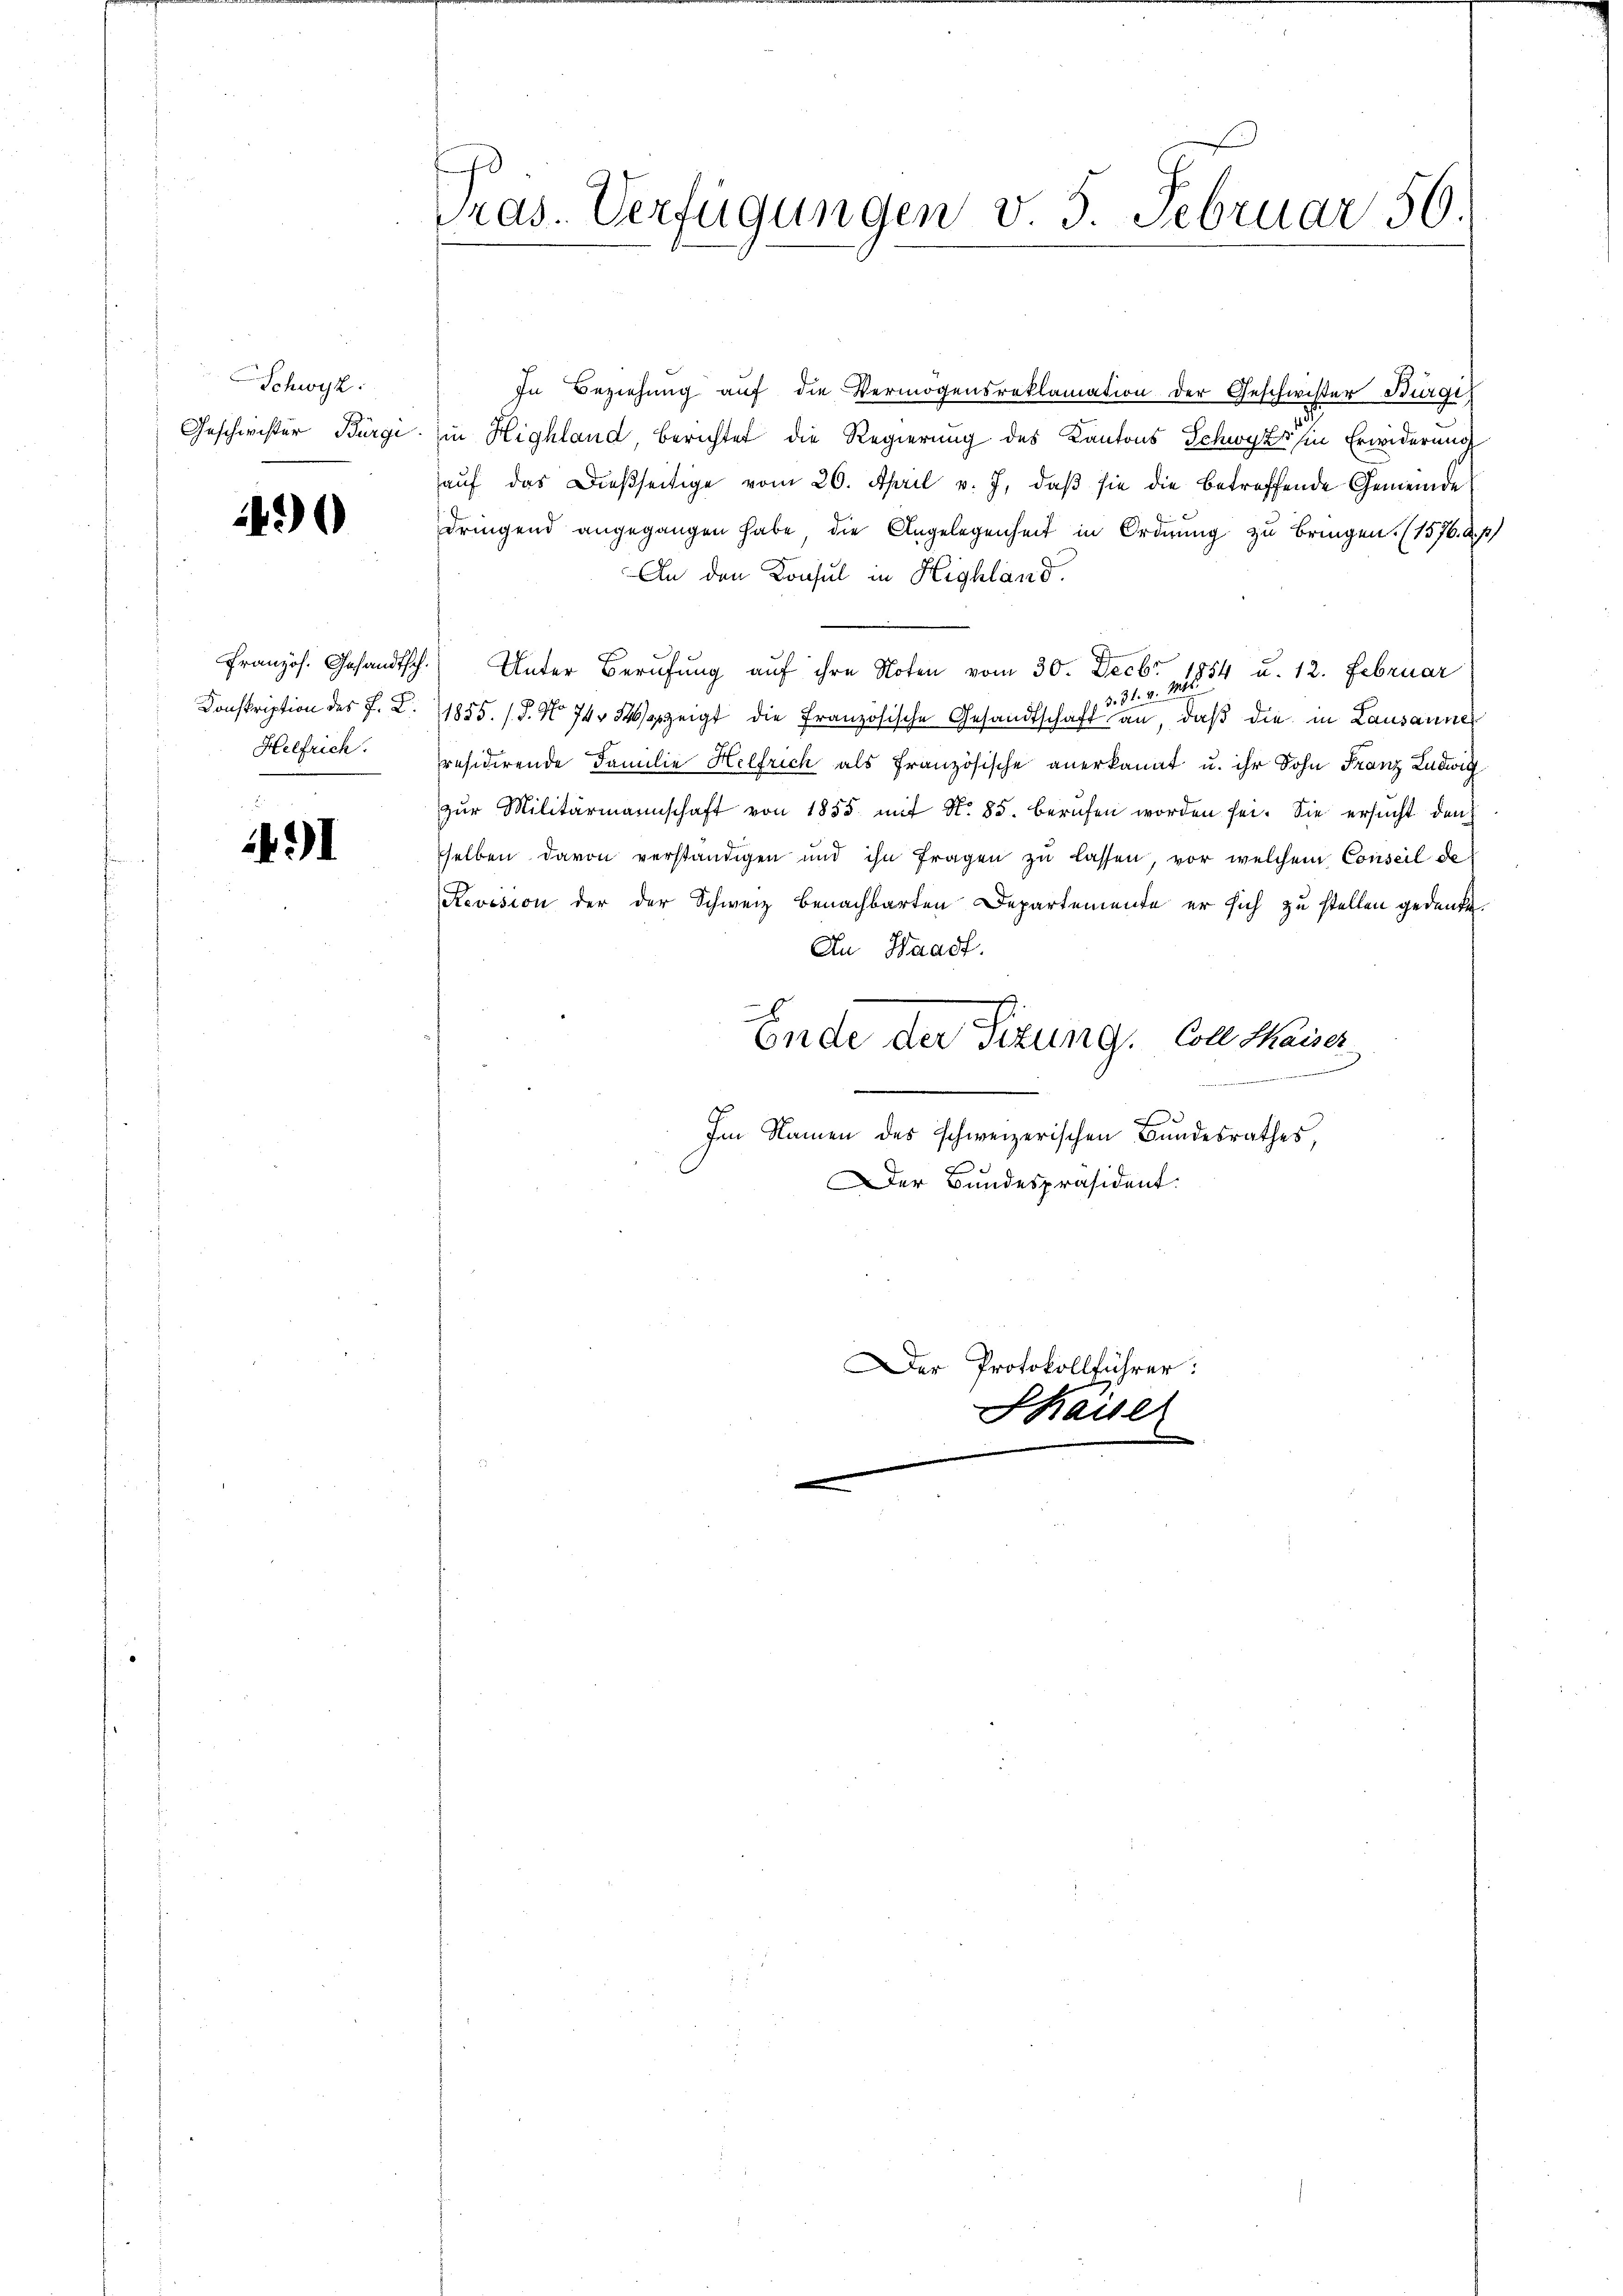
Schwyz.
Geschwister Bürge

490

Französ. Gesandtsch
Konskription des P. C.
Helfrich.

91

Pras. Verfügungen v. 5. Februar 56

In Beziehung auf die Vermögensreklamation der Geschwister Bürger
in Highland, berichtet die Regierung des Kantons Schwyz in Erwiderung
auf das Dießseitige vom 26. April v. J. daß sie die betreffende Gemeinde
dringend angegangen habe, die Angelegenheit in Ordnung zu bringen. (1576. d. p
An den Konsul in Highland.
Unter Berufung auf ihre Noten vom 30. Decbr 1854 u. 12. Februar
d. 31. v. 186.
1855. (T. No 74 zeigt die französische Gesandtschaft an, daß die in Lausanne
räsidirende Familie Helfrich als französische anerkannt u. ihr Sohn Franz Ludwig
zŭr Militärmannschaft von 1855 mit N. 85. berŭfen worden sei. Sie ersŭcht den
selben davon verständigen und ihn fragen zu lassen, vor welchem Conseil de
Revision der der Schweiz benachbarten Departemente er sich zu stellen gedenke.
An Waadt.
6
Ende der Sizung. Colle Maiser
.
A
Im Namen des schweizerischen Bundesrathes,
Der Bundespräsident.
Der Protokollführer:
Shaiser